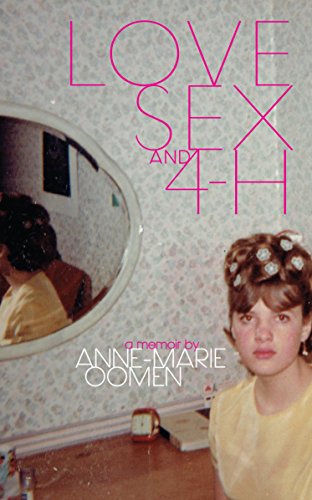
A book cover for Love, Sex, and 4-H (Made in Michigan Writers Series); Anne-Marie Oomen; Parenting & Relationships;